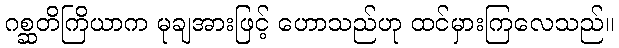
ဂစ္ဆတိကြိယာက မုချအားဖြင့် ဟောသည်ဟု ထင်မှားကြလေသည်။